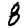
Digit: 8